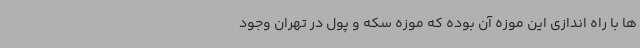
ها با راه اندازی این موزه آن بوده که موزه سکه و پول در تهران وجود